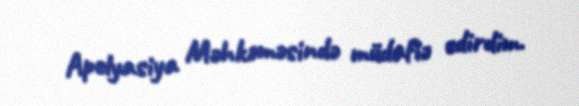
Apelyasiya Məhkəməsində müdafiə edirdim.